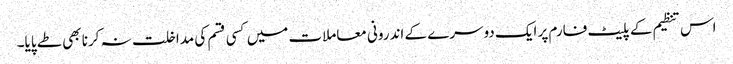
اس تنظیم کے پلیٹ فارم پر ایک دوسرے کے اندرونی معاملات میں کسی قسم کی مداخلت نہ کرنا بھی طے پایا۔